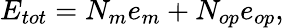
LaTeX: E_{tot}=N_{m}e_{m}+N_{op}e_{op},